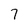
Character: 7